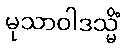
မုသာဝါဒသ္မိံ